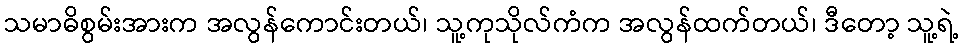
သမာဓိစွမ်းအားက အလွန်ကောင်းတယ်၊ သူ့ကုသိုလ်ကံက အလွန်ထက်တယ်၊ ဒီတော့ သူ့ရဲ့